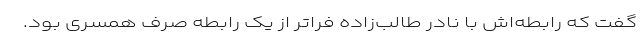
گفت که رابطه‌اش با نادر طالب‌زاده فراتر از یک رابطه صرف همسری بود.